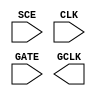
module sky130_fd_sc_hs__sdlclkp (
    //# {{scanchain|Scan Chain}}
    input  SCE ,

    //# {{clocks|Clocking}}
    input  CLK ,
    input  GATE,
    output GCLK
);

    // Voltage supply signals
    supply1 VPWR;
    supply0 VGND;

endmodule